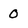
Character: 0